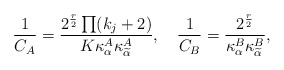
\begin{align*}{1\over C_A}=\frac{2^{\frac{r}{2}}\prod(k_j+2)}{K\kappa_{\alpha}^A\kappa_{\widetilde{\alpha}}^A},\quad{1\over C_B}=\frac{2^{\frac{r}{2}}}{\kappa_{\alpha}^B\kappa_{\widetilde{\alpha}}^B},\end{align*}